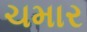
ચમાર